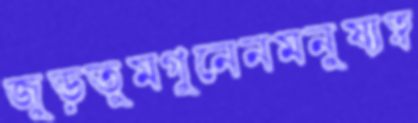
জুড়তুমগুনেনমনুষ্যত্ব